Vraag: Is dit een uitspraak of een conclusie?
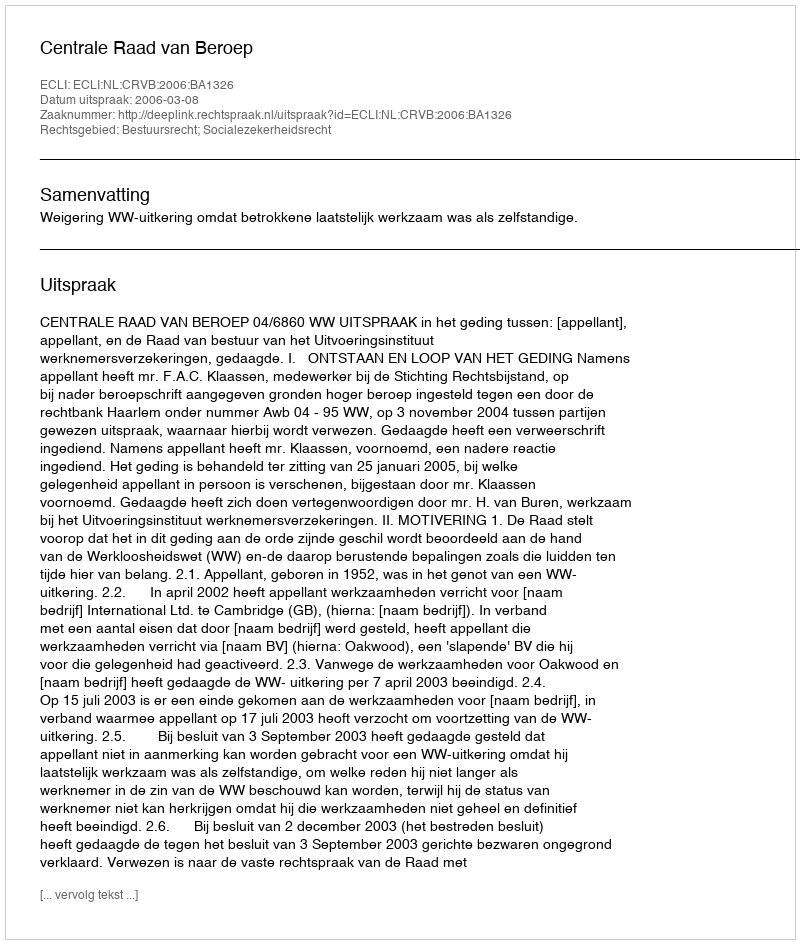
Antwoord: Uitspraak